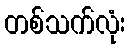
တစ်သက်လုံး